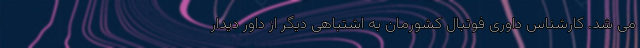
می شد. کارشناس داوری فوتبال کشورمان به اشتباهی دیگر از داور دیدار